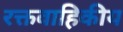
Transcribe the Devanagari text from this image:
रक्तवाहिकीय